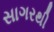
સાગરથી